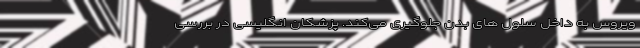
ویروس به داخل سلول های بدن جلوگیری می‌کند. پزشکان انگلیسی در بررسی